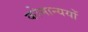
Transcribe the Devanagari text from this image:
कोमान्ययों